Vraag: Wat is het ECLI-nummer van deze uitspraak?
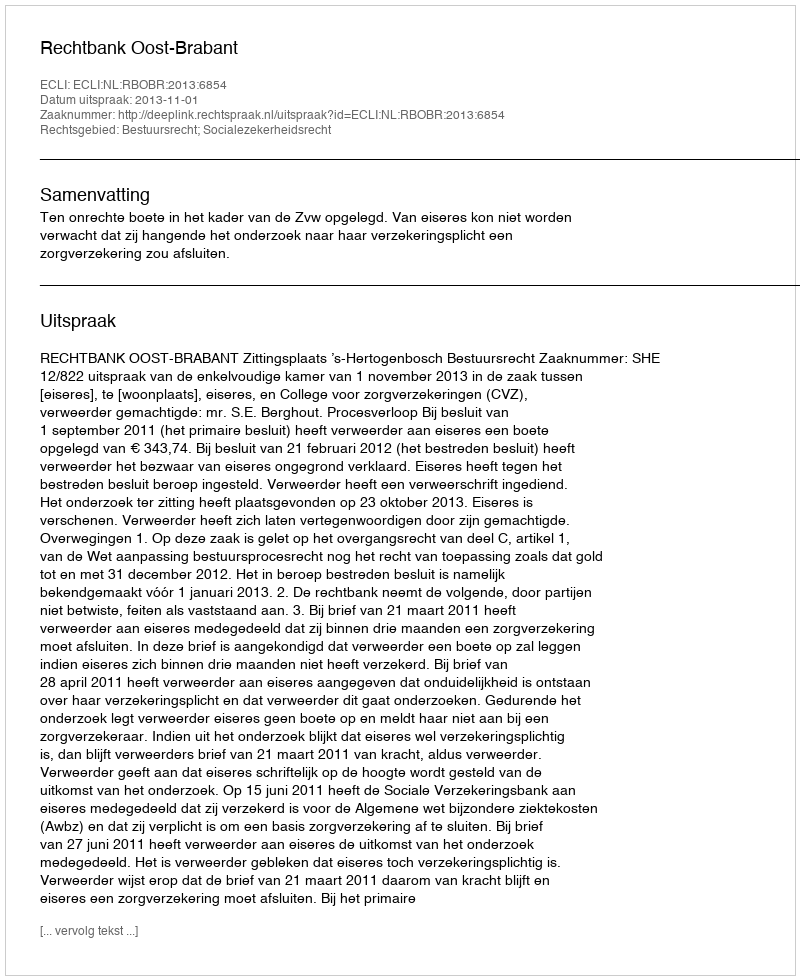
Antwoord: ECLI:NL:RBOBR:2013:6854